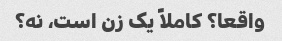
واقعا؟ کاملاً یک زن است، نه؟